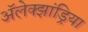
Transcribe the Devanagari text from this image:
अॅलेक्झांड्रिया